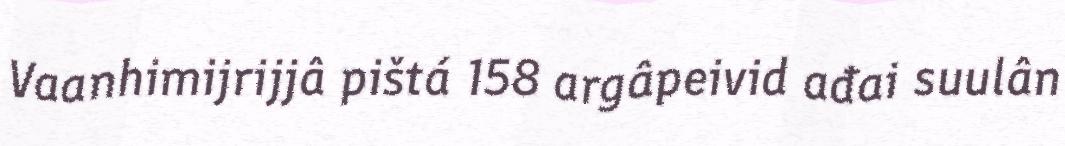
Vaanhimijrijjâ pištá 158 argâpeivid ađai suulân